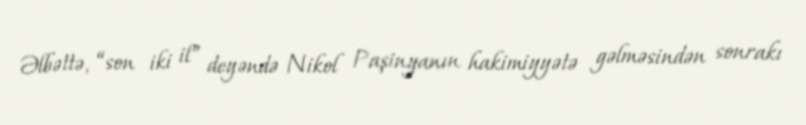
Əlbəttə, “son iki il” deyəndə Nikol Paşinyanın hakimiyyətə gəlməsindən sonrakı